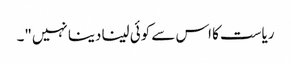
ریاست کا اس سے کوئی لینا دینا نہیں"۔